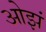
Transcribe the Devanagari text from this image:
ओझं